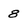
Character: 8